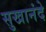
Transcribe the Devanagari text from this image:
सुखानंदे